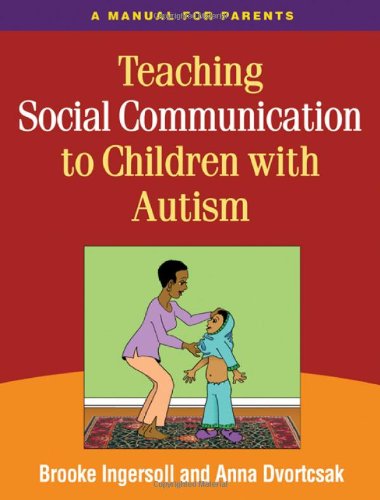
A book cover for Teaching Social Communication to Children with Autism: A Manual for Parents; Brooke Ingersoll PhD; Health, Fitness & Dieting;